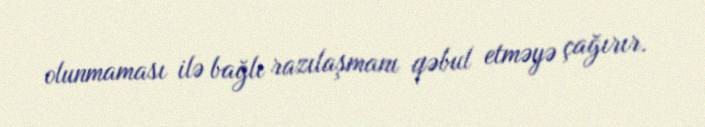
olunmaması ilə bağlı razılaşmanı qəbul etməyə çağırır.